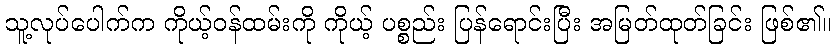
သူ့လုပ်ပေါက်က ကိုယ့်ဝန်ထမ်းကို ကိုယ့် ပစ္စည်း ပြန်ရောင်းပြီး အမြတ်ထုတ်ခြင်း ဖြစ်၏။